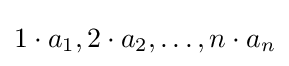
1\cdot a_{1},2\cdot a_{2},\dots ,n\cdot a_{n}